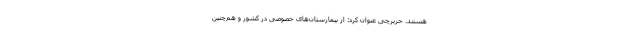
هستند. حریرچی عنوان کرد: از بیمارستان‌های خصوصی در کشور و هم‌چنین